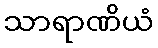
သာရာဏိယံ